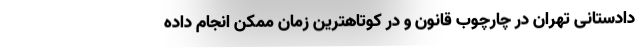
دادستانی تهران در چارچوب قانون و در کوتاهترین زمان ممکن انجام داده